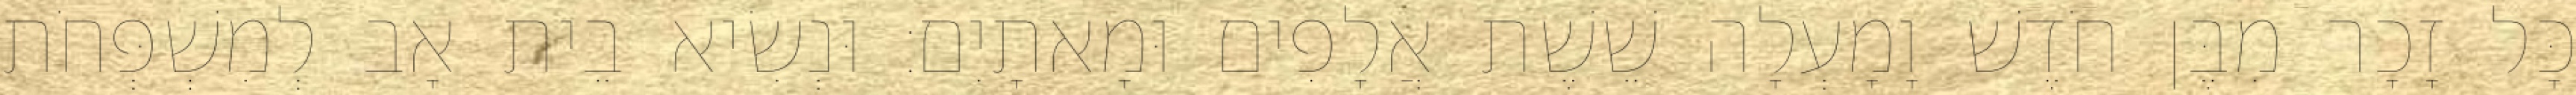
כָּל זָכָר מִבֶּן חֹדֶשׁ וָמָעְלָה שֵׁשֶׁת אֲלָפִים וּמָאתָיִם׃ וּנְשִׂיא בֵית אָב לְמִשְׁפְּחֹת